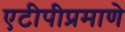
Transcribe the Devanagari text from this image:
एटीपीप्रमाणे